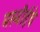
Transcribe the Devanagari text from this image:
मरुबीईचे